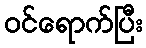
ဝင်ရောက်ပြီး